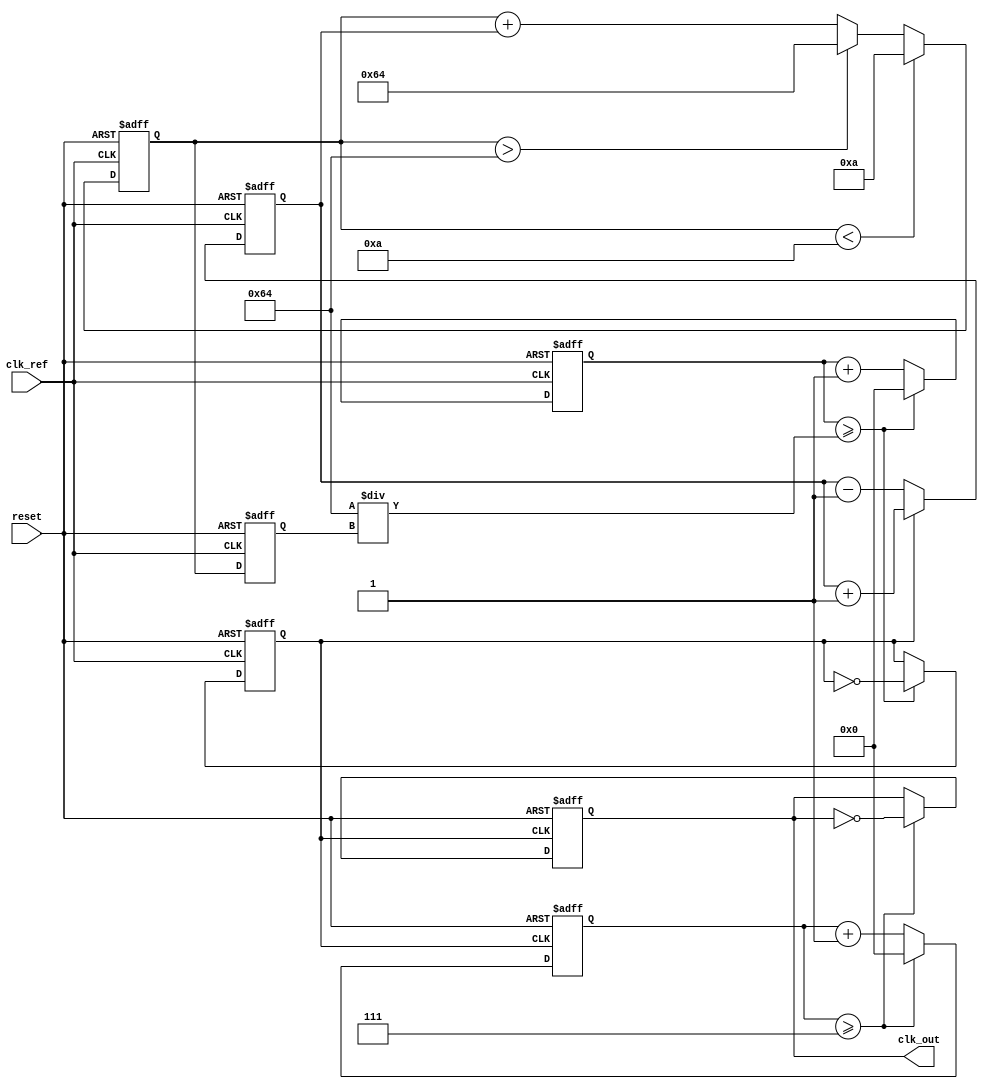
module fractional_pll (
    input wire clk_ref,          // Reference clock input
    input wire reset,            // Asynchronous reset
    output reg clk_out           // Output clock
);

// Parameters
parameter N = 4;                // Integer division factor
parameter FRAC = 3;             // Fractional part (e.g., 0.75 means FRAC = 3)
parameter VCO_MAX_FREQ = 100;   // Max frequency of VCO
parameter VCO_MIN_FREQ = 10;    // Min frequency of VCO

// Internal signals
reg [7:0] phase_error;          // Phase error signal
reg [7:0] control_voltage;       // Control voltage for VCO
reg [7:0] vco_freq;             // Current frequency of VCO
reg [31:0] counter;             // Counter for clock generation
reg [31:0] frac_counter;        // Counter for fractional division
reg clk_vco;                   // VCO clock output

// Phase Detector (PD)
always @(posedge clk_ref or posedge reset) begin
    if (reset) begin
        phase_error <= 0;
    end else begin
        // Simple phase comparison logic (for demonstration)
        if (clk_vco) begin
            phase_error <= phase_error + 1; // Increment error if VCO clock is high
        end else begin
            phase_error <= phase_error - 1; // Decrement error if VCO clock is low
        end
    end
end

// Loop Filter (LF)
always @(posedge clk_ref or posedge reset) begin
    if (reset) begin
        control_voltage <= 0;
    end else begin
        // Simple proportional control
        control_voltage <= control_voltage + phase_error;
        // Limit control voltage to VCO range
        if (control_voltage > VCO_MAX_FREQ) control_voltage <= VCO_MAX_FREQ;
        if (control_voltage < VCO_MIN_FREQ) control_voltage <= VCO_MIN_FREQ;
    end
end

// Voltage-Controlled Oscillator (VCO)
always @(posedge clk_ref or posedge reset) begin
    if (reset) begin
        vco_freq <= VCO_MIN_FREQ; // Start at minimum frequency
    end else begin
        // Adjust VCO frequency based on control voltage
        vco_freq <= control_voltage;
    end
end

// Generate VCO clock output based on VCO frequency
always @(posedge clk_ref or posedge reset) begin
    if (reset) begin
        counter <= 0;
        clk_vco <= 0;
    end else begin
        counter <= counter + 1;
        if (counter >= (100 / vco_freq)) begin // Adjust counter threshold based on VCO frequency
            clk_vco <= ~clk_vco;
            counter <= 0;
        end
    end
end

// Fractional Divider
always @(posedge clk_vco or posedge reset) begin
    if (reset) begin
        frac_counter <= 0;
        clk_out <= 0;
    end else begin
        frac_counter <= frac_counter + 1;
        if (frac_counter >= N + FRAC) begin // Adjust based on integer and fractional parts
            clk_out <= ~clk_out;
            frac_counter <= 0;
        end
    end
end

endmodule